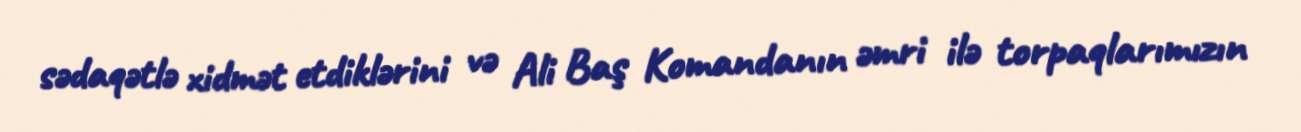
sədaqətlə xidmət etdiklərini və Ali Baş Komandanın əmri ilə torpaqlarımızın